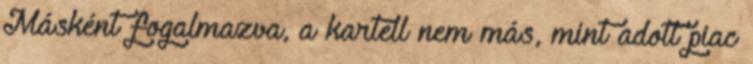
Másként fogalmazva, a kartell nem más, mint adott piac